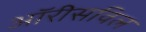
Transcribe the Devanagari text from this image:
ऑरीसविल